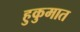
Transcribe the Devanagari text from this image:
हुकुमात